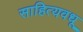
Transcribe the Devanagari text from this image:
साहित्यवधू